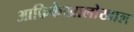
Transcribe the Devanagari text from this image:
आफ्रिकेखालोखाल